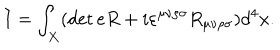
I = \int _ { X } ( \det e R + i \varepsilon ^ { \mu \nu \rho \sigma } R _ { \mu \nu \rho \sigma } ) d ^ { 4 } x .